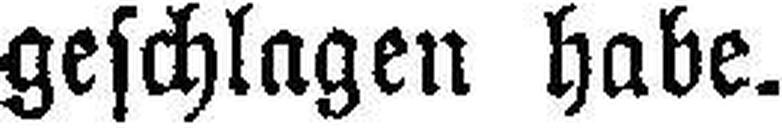
geschlagen habe.